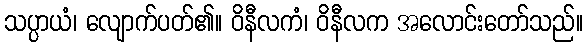
သပ္ပာယံ၊ လျောက်ပတ်၏။ ဝိနီလကံ၊ ဝိနီလက အလောင်းတော်သည်။